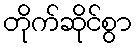
တိုက်ဆိုင်စွာ